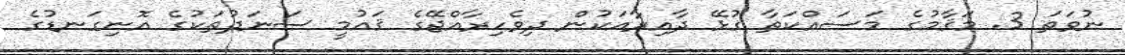
ނުވަތަ 3. މަޤާމުގެ މަސައްކަތާ ގުޅޭ ދާއިރާއަކުން ދިވެހިރާއްޖޭގެ ޤައުމީ ސަނަދުތަކުގެ އޮނިގަނޑުގެ